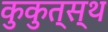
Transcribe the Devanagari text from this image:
कुकुत्स्थ